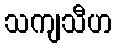
သကျသီဟ